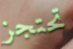
تحتجز